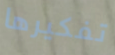
تفكيرها